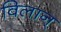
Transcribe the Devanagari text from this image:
विलान्